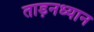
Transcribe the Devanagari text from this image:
ताड़नध्यान